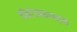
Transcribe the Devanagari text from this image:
कॅबरेजसारख्या